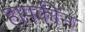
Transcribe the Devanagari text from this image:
हापकीन